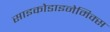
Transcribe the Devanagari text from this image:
साइकोडाइनेमिक्स